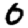
Digit: 0